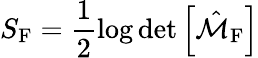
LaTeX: S_{\mathrm{F}}=\frac{1}{2}\log\operatorname*{det}\left[\hat{\cal M}_{\mathrm{F}}\right]